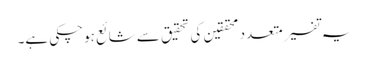
یہ تفسیر متعدد محققین کی تحقیق سے شائع ہوچکی ہے۔